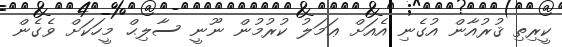
ކީރިތި ޤުރުއާން އުގެނި އެއަށް ޢަމަލު ކުރުމުން ނޫނީ ސާލިޙް މީހަކަށް ވެގެން